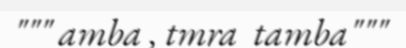
""" amba , tmra  tamba"""